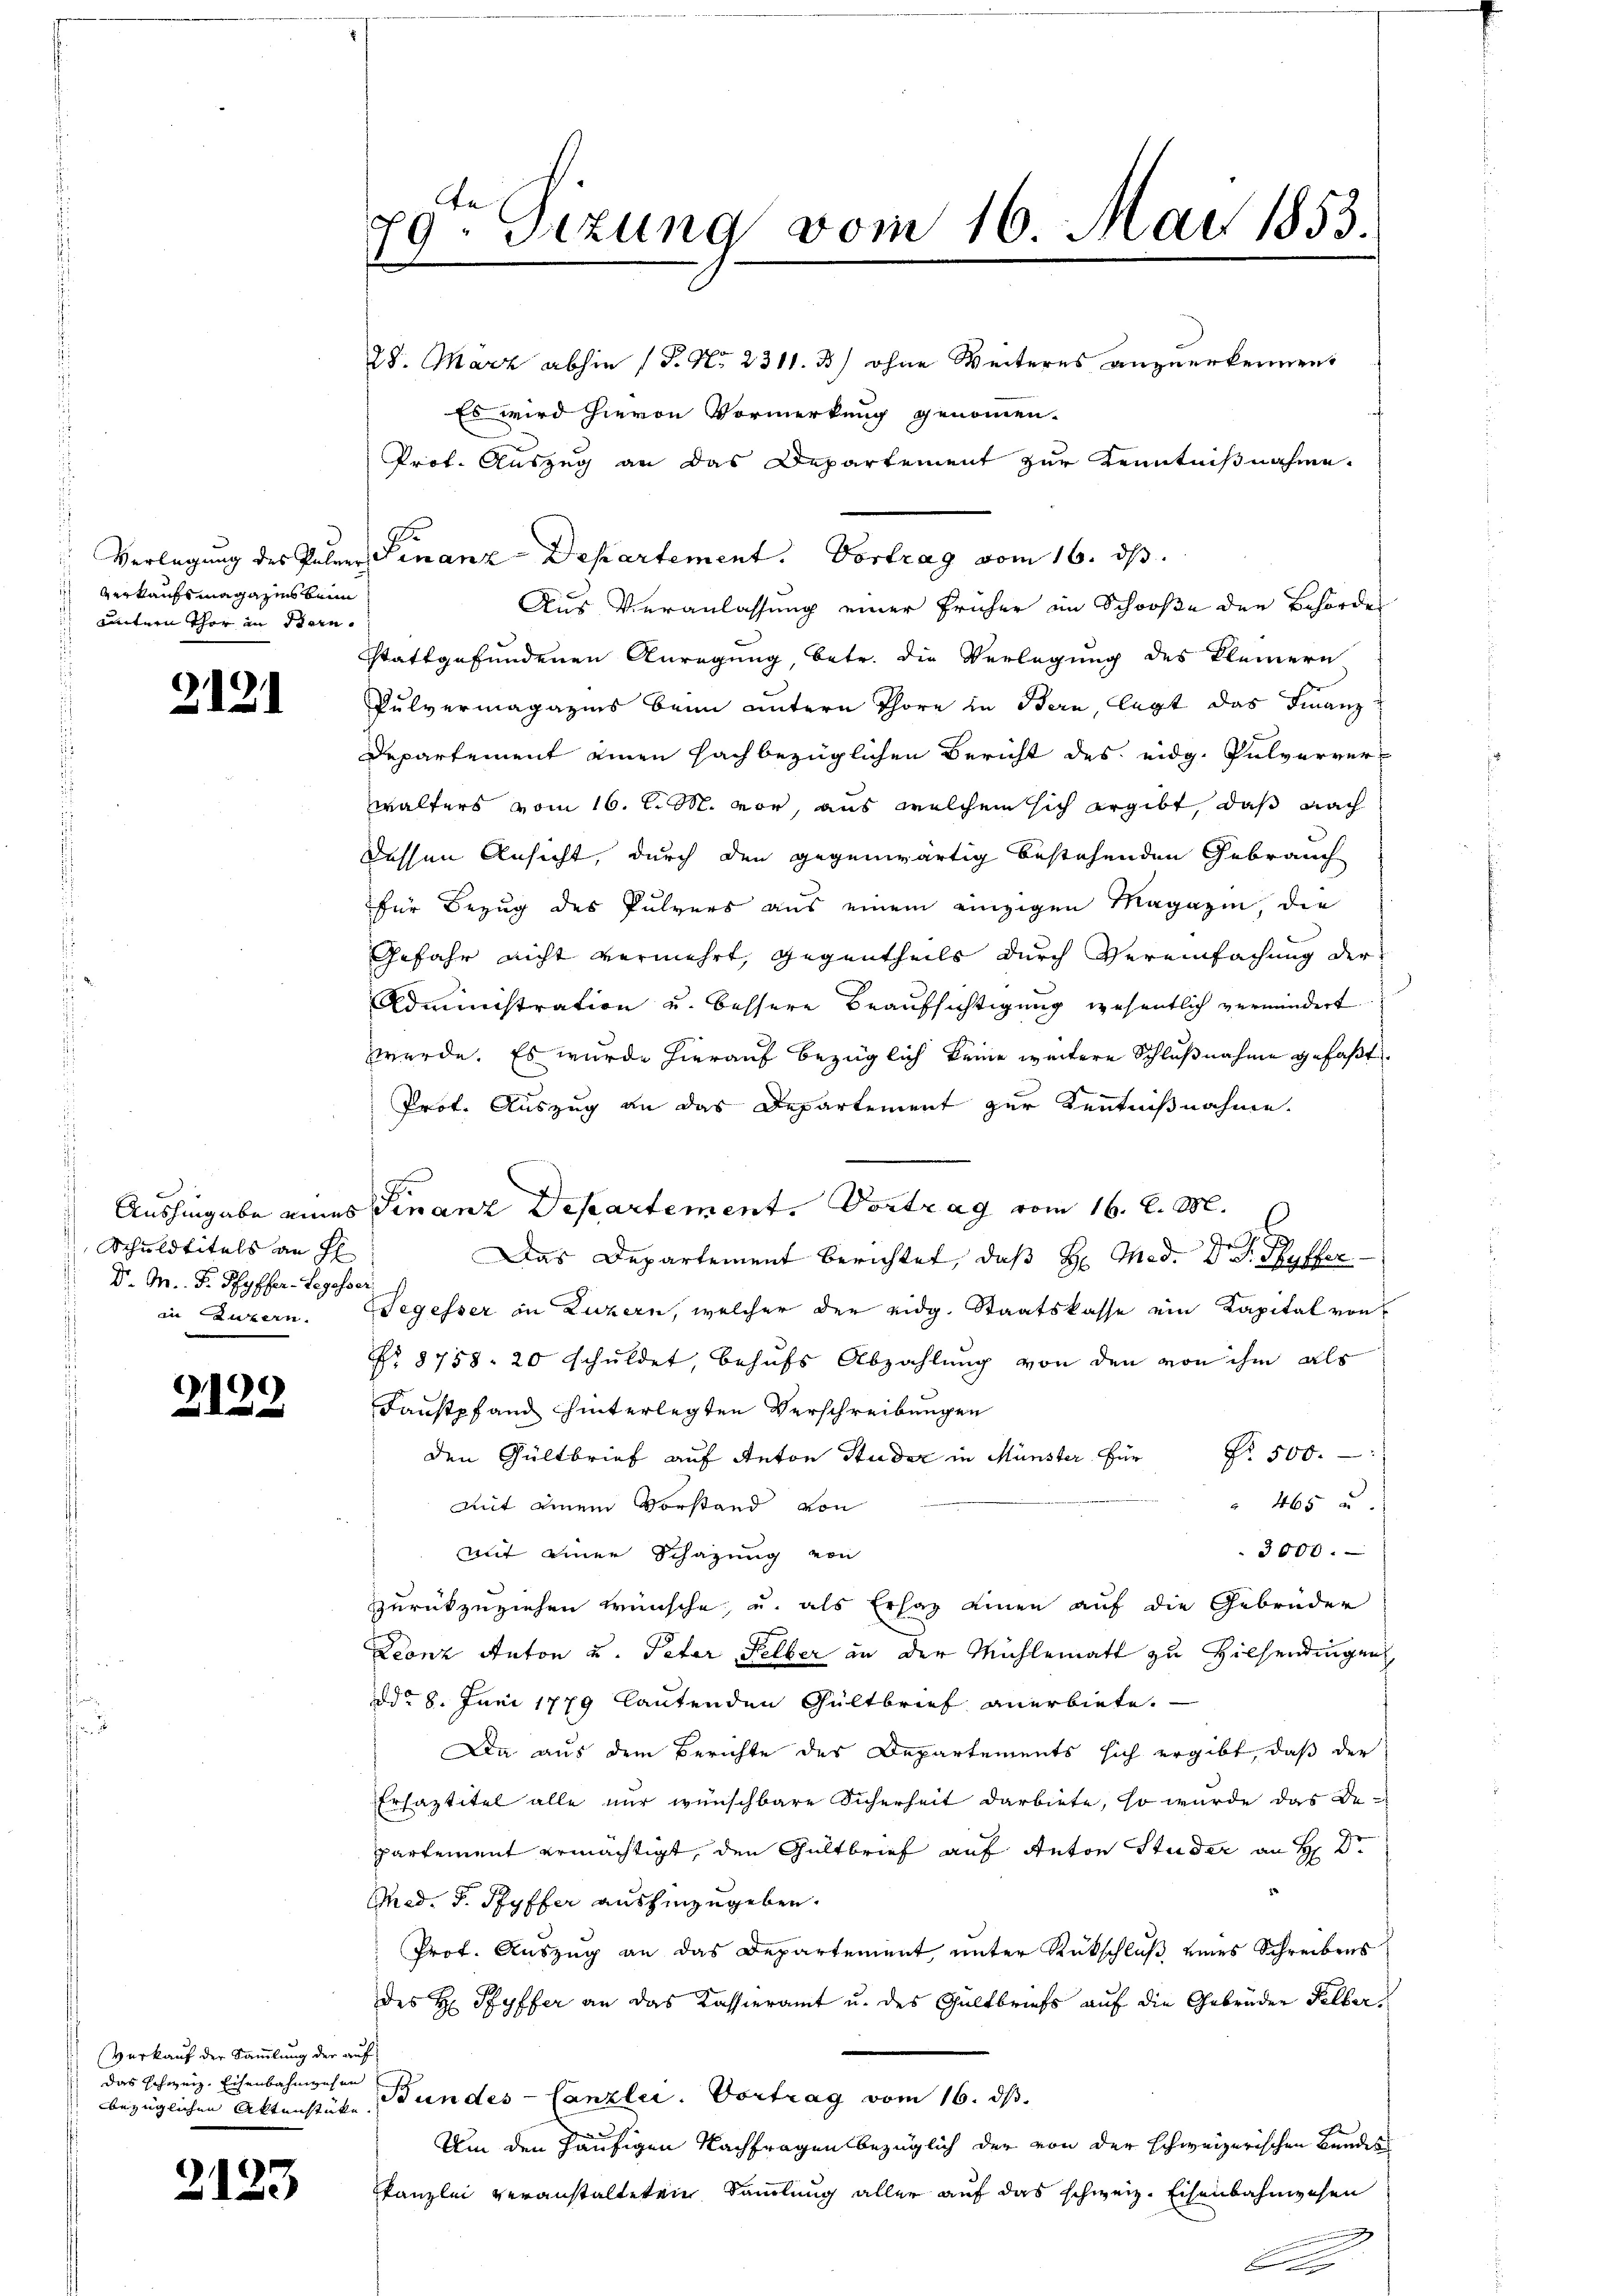
verkaufsmagazins beim
untern Thor in Stan¬

2121

Schuldtitels an Fl
D. M. D. Pfyffer-Legesser
in Luzern.

2122

Verkauf der Sammlung der auf
das schweiz. Eisenbahnwesen

2123

28. März abhin (P. Nr. 2311. 3) ohne Weiteres anzuerkennen.
Es wird hievon Vormerkung genommen.
Prof. Auszug an das Departement zur Kenntnißnahme.
 Verlegung des Paler Finanz-Departement. Vortrag vom 16. ds.
Aus Veranlassung einer früher im Schooße den Behörde
stattgefundenen Anregung, betr. die Verlegung des Kleinern
Pulvermagazins beim untern Thore in Bern, legt das Finanz¬
Departement einen Fachbezüglichen Bericht des eidg. Pulververwalters vom 16. d. M. vor, aus welchem sich ergibt, daß nach
dessen Ansicht, durch den gegenwärtig bestehenden Gebrauch
für Bezug des Pulvers aus einem einzigen Magazin, die
Gefahr nicht vermehrt, gegentheils durch Vereinfachung der
Administration u. bessere Beaufsichtigung wesentlich vermindert
werde. Es wurde hierauf bezüglich keine weitere Schlußnahme gefaßt
Prof. Auszug an das Departement zur Kenntnißnahme.
Aushingabe eines Finanz Departement. Vortrag vom 16. d. M.
Das Departement berichtet, daß H. Med. Dr. Schaffer
Segesser in Luzern, welcher der eidg. Staatskasse ein Kapital von
No 8758. 20 schuldet, behufs Abzahlung von den von ihm als
Faustpfand hinterlegten Verschreibungen
den Gültbrief auf Anton Studer in Münster für Fr. 500.
" 465
mit einem Vorstand von
3000.
mit einer Schazung von
zurückzuziehen wünsche, u. als Erhaz einen auf die Gebrüder
Leonz Anton u. Peter Selber in der Mühlematt zu Hilfendingen
dd° 8. Juni 1779 lautenden Gültbrief anerbiete.
Da aus dem Berichte des Departements sich ergibt, daß der
Erhaztitel alle nur wünschbare Sicherheit darbiete, so wurde das Bepartement ermächtigt, den Gültbrief auf Anton Studer an H: Dr.
Med. J. Ryffer aushinzugeben.
Prof. Auszug an das Departement, unter Rückschluß eines Schreibens
des H. Pfyffer an das Kassieramt u. des Gültbriefs auf die Gebrüder Felberbezüglichen Aktenstüke Bundes-Canzlei. Vortrag vom 16. ds.
Um den häufigen Nachfragen bezüglich der von der schweizerischen Bundes
skanzlei veranstalteten Sammlung aller auf das schweiz. Eisenbahnwesen

79ten Sizung vom 16. Mai 1853.